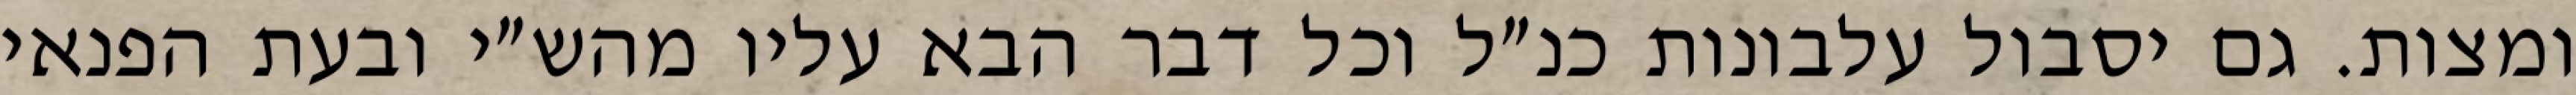
ומצות. גם יסבול עלבונות כנ״ל וכל דבר הבא עליו מהש״י ובעת הפנאי